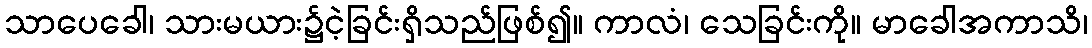
သာပေခေါ၊ သားမယား၌ငဲ့ခြင်းရှိသည်ဖြစ်၍။ ကာလံ၊ သေခြင်းကို။ မာခေါအကာသိ၊